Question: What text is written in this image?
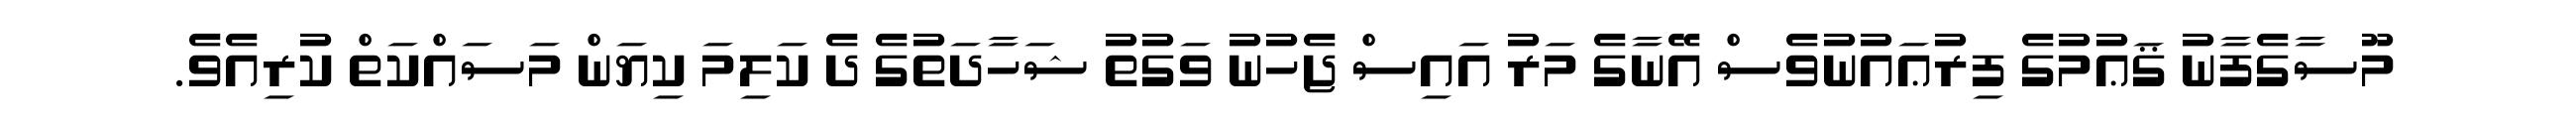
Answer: މޫސާގެފާނު ޤަޢުމުގެ ފިރުޢައުނުވެސް އޭނާގެ މަރު އައިސް ޖެހުނު ވަގުތު ޝަހާދަތުގެ ދެ ކަލިމަ ކިޔަން މަސައްކަތް ކުރިއެވެ.